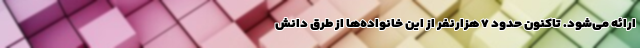
ارائه می‌شود. تاکنون حدود ۷ هزارنفر از این خانواده‌ها از طرق دانش